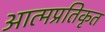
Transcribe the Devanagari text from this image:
आत्मप्रतिकृत